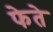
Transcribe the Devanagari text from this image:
फेते